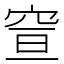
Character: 𥥣